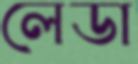
লেডা